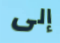
إلى